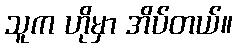
သူက ဟိုမှာ အိပ်တယ်။